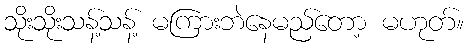
သိုးသိုးသန့်သန့် မကြားဘဲနေမည်တော့ မဟုတ်။